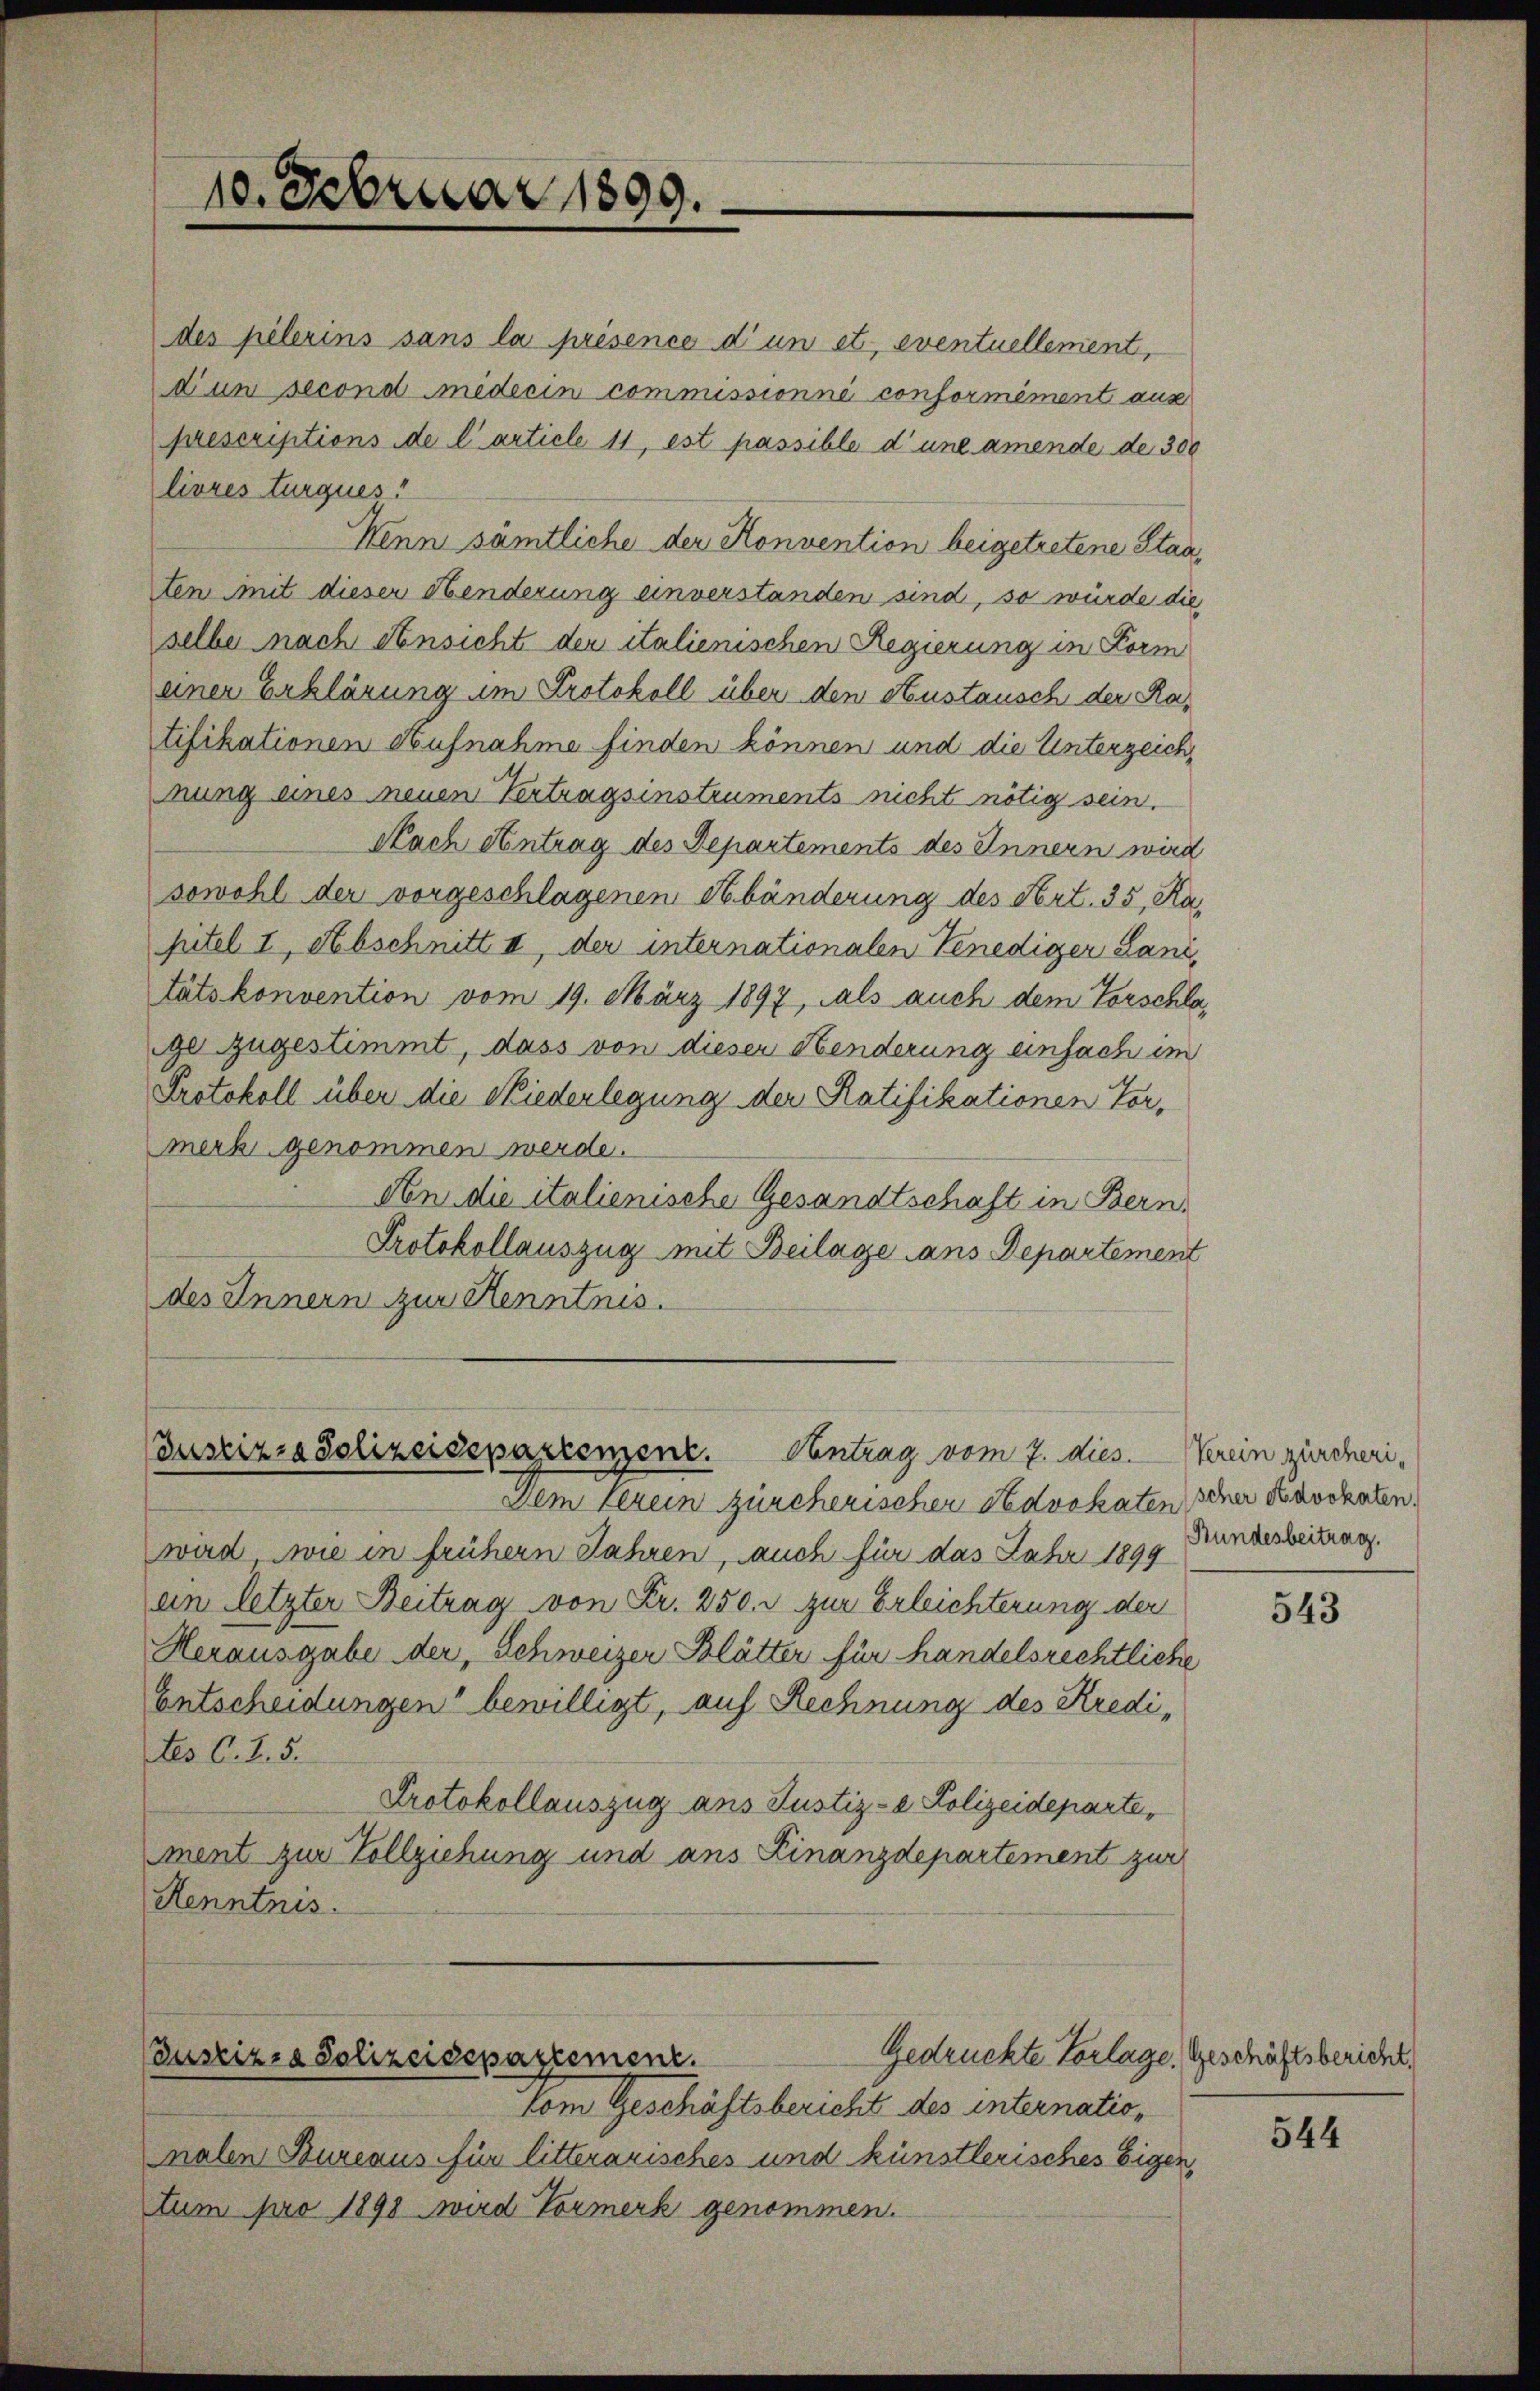
10. Februar 1899.

des pelerins sans la présence d’un et eventuellement,
dum second miderin commissionné conformément aus
prescriptions de l’article 11, est passible d’une amende de 300
livres turques!
Wenn sämtliche der Konvention beigetretene Staa
ten mit dieser Abenderung einverstanden sind, so würde die
selbe nach Ansicht der italienischen Regierung in Form
einer Erklärung um Protokoll über den Heustausch der Ratifikationen Aufnahme finden können und die Unterzeichmung eines neuen Vertragsinstruments nicht nötig sein.
Nach Antrag des Departements des Innern wird
sowohl der vorgeschlagenen Abänderung des Art. 35, Ka
pitel I, Abschnitt II, der internationalen Venediger Sani
tätskonvention vom 19. März 1897, als auch dem Vorschlage zugestimmt, dass von dieser Henderung einfach im
Protokoll über die Niederlegung der Ratifikationen Vormerk genommen werde.
An die italienische Gesandtschaft in Bern,
Protokollauszug mit Beilage ans Departement
des Innern zur Kenntnis.

ustizia Polizeisepazcenene. Antrag vom 7. dies

Justizia Polizeidepartement.

Dem Verein zürcherischer Advokaten siner durchaten.
wird wie in frühern Jahren, auch für das Jahr 1899 Fundesbeitrag.
ain letzter Beitrag von Fr. 250. r. zur Erleichterung der
Herausgabe der, Schweizer Blätter für handelsrechtliche
Entscheidungen“ bewilligt, auf Rechnung des Kredi¬
Les C. Z. 5.
Protokollauszug ans Justiz- & Polizeideparte,
ment zur Vollziehung und ans Finanzdepartement zur
Kenntnis.

Gedrückte Vorlage, Geschäftsbericht.

Vom Geschäftsbericht des internation
malen Bureaus für litterarisches und künstlerisches Eigen,
tum pro 1898 wird Vormerk genommen.

Verein zürcheri¬

543

544